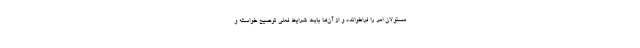
مسئولان امر را فراخوانده و از آن‌ها بابت شرایط فعلی توضیح خواسته و